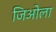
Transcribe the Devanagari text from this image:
जिओला